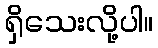
ရှိသေးလို့ပါ။